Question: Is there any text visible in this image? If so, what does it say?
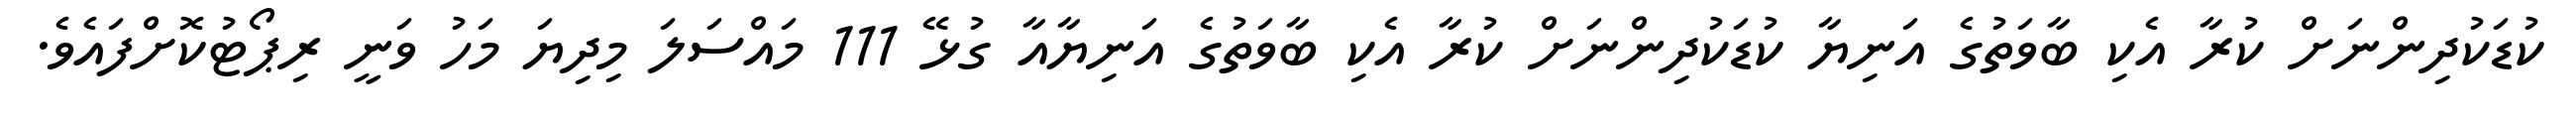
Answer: ކުޑަކުދިންނަށް ކުރާ އެކި ބާވަތުގެ އަނިޔާ ކުޑަކުދިންނަށް ކުރާ އެކި ބާވަތުގެ އަނިޔާއާ ގުޅޭ 111 މައްސަލަ މިދިޔަ މަހު ވަނީ ރިޕޯޓުކޮށްފައެވެ.